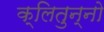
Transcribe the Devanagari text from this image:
क्लितुन्नो